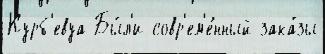
Курб'евуа Бы́л'и совр'ем'е́нный зака́зы